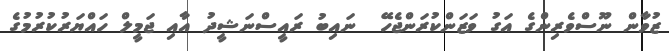
ޒުވާން ނޫސްވެރިންގެ އަގު ވަޒަންކުރަންޖެހޭ  ނައިބު ރައީސްނަޝީދު އާއި ޖަމީލް ހައްޔަރުކުރުމުގެ